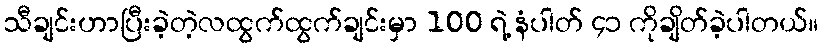
သီချင်းဟာပြီးခဲ့တဲ့လထွက်ထွက်ချင်းမှာ 100 ရဲ့ နံပါတ် ၄၁ ကိုချိတ်ခဲ့ပါတယ်။